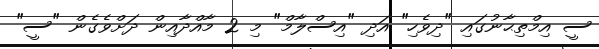
ސީ އިމްތިޙާނުގައި "ދިވެހި" އަދި "އިސްލާމް" މި 2 މާއްދާއިން ދަށްވެގެން "ސީ"